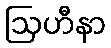
ဩဟီနာ